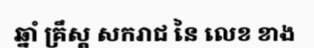
ឆ្នាំ គ្រឹស្ត សករាជ នៃ លេខ ខាង